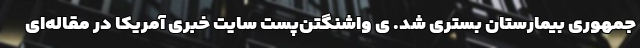
‌جمهوری بیمارستان بستری شد. ی واشنگتن‌پست سایت خبری آمریکا در مقاله‌ای